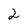
Character: 2